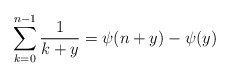
\begin{align*}\sum^{n-1}_{k=0}\frac{1}{k+y}=\psi(n+y)-\psi(y)\end{align*}